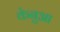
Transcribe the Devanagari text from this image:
केनुआ